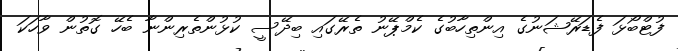
ފުޓްބޯޅަ ފެޑަރޭޝަނުގެ އިންތިހާބުގެ ކެމްޕޭނު ތެރޭގައި ބިދޭސީ ކުޅުންތެރިންނާ ބެހޭ ގޮތުން ވާހަކަ